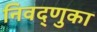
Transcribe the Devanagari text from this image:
निवद्णुका